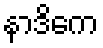
နာဒိကေ